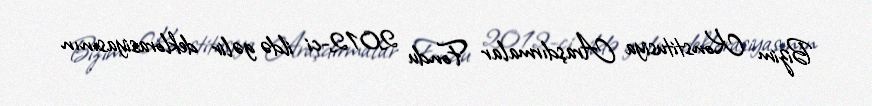
Bizim Konstitusiya Araşdırmalar Fondu 2012-ci ildə gəlir deklorasiyasının